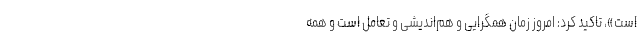
است»، تاکید کرد: امروز زمان همگرایی و هم‌اندیشی و تعامل است و همه